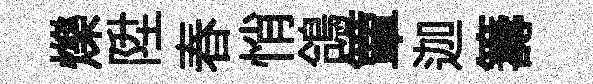
爍陞春悄鴿簟迦籌